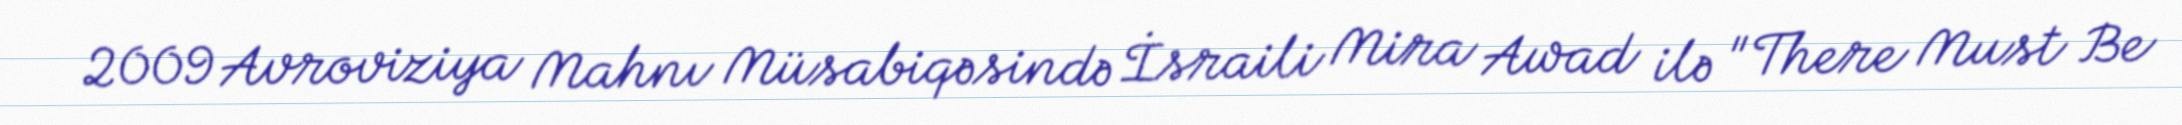
2009 Avroviziya Mahnı Müsabiqəsində İsraili Mira Awad ilə "There Must Be